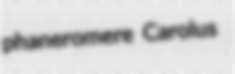
phaneromere Carolus